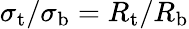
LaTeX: \sigma_{\mathrm{{t}}}/\sigma_{\mathrm{{b}}}=R_{\mathrm{{t}}}/R_{\mathrm{{b}}}